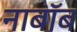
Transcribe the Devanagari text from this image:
नाबॉब